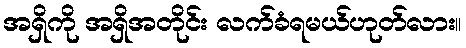
အရှိကို အရှိအတိုင်း လက်ခံရမယ်ဟုတ်လား။